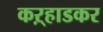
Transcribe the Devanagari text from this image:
कऱ्हाडकर